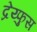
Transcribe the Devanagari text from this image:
द्रेय्फुस